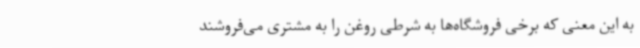
به این معنی که برخی فروشگاه‌ها به شرطی روغن را به مشتری می‌فروشند